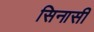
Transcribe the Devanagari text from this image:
सिनासी